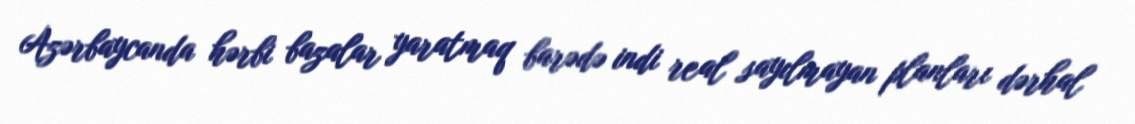
Azərbaycanda hərbi bazalar yaratmaq barədə indi real sayılmayan planları dərhal